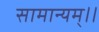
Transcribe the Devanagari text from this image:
सामान्यम्।।